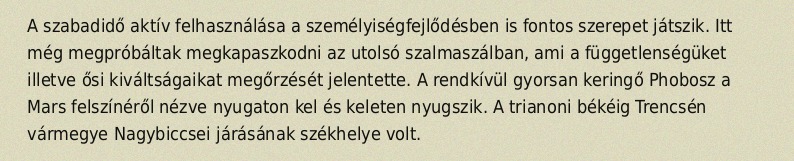
A szabadidő aktív felhasználása a személyiségfejlődésben is fontos szerepet játszik. Itt még megpróbáltak megkapaszkodni az utolsó szalmaszálban, ami a függetlenségüket illetve ősi kiváltságaikat megőrzését jelentette. A rendkívül gyorsan keringő Phobosz a Mars felszínéről nézve nyugaton kel és keleten nyugszik. A trianoni békéig Trencsén vármegye Nagybiccsei járásának székhelye volt.